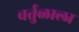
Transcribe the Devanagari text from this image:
वर्तुळाला